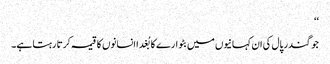
‘‘
جوگندر پال کی ان کہانیوں میں بٹوارے کا بُغدا انسانوں کا قیمہ کرتا رہتا ہے۔